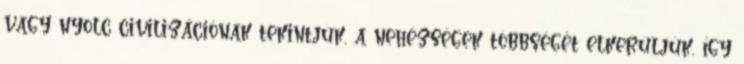
vagy nyolc civilizációnak tekintjük, a nehézségek többségét elkerüljük, így